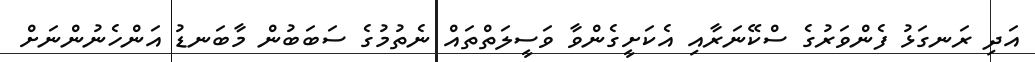
އަދި ރަނގަޅު ފެންވަރުގެ ސްކޭނަރާއި އެކަށީގެންވާ ވަސީލަތްތައް ނެތުމުގެ ސަބަބުން މާބަނޑު އަންހެނުންނަށް